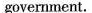
government.